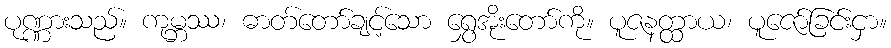
ပုဏ္ဏားသည်။ ကုမ္ဘဿ၊ ဓာတ်တော်ချင့်သော ရွှေအိုးတော်ကို။ ပူဇနတ္ထာယ၊ ပူဇော်ခြင်းငှာ။